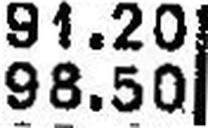
98.50